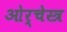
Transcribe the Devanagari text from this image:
ओर्चेस्त्र